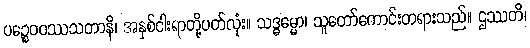
ပဉ္စေဝဝဿသတာနိ၊ အနှစ်ငါးရာတို့ပတ်လုံး။ သဒ္ဓမ္မော၊ သူတော်ကောင်းတရားသည်။ ဌဿတိ၊